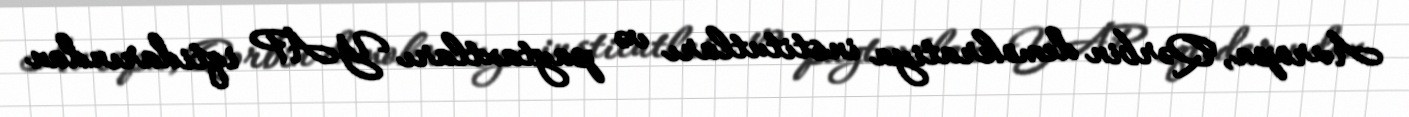
Avropa, Qərbin demokratiya institutları və paytaxtları YAP iqtidarından